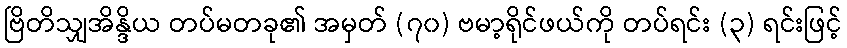
ဗြိတိသျှအိန္ဒိယ တပ်မတခု၏ အမှတ် (၇၀) ဗမာ့ရိုင်ဖယ်ကို တပ်ရင်း (၃) ရင်းဖြင့်